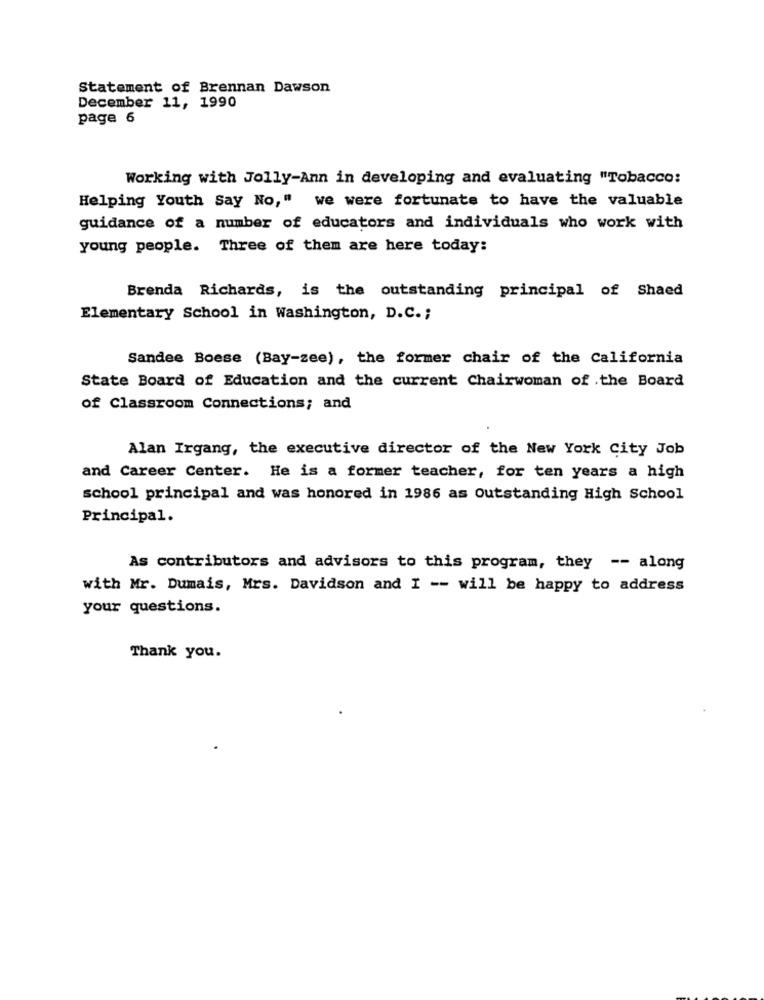
Statement of Brennan Dawson
December 11, 1990
page 6
Working with Jolly-Ann in developing and evaluating "Tobacco:
Helping Youth Say No," we were fortunate to have the valuable
guidance of a number of educators and individuals who work with
young people. Three of them are here today:
Brenda Richards, is the outstanding principal of Shaed
Elementary School in Washington, D.C .;
Sandee Boese (Bay-zee), the former chair of the California
State Board of Education and the current Chairwoman of .the Board
of Classroom Connections; and
Alan Irgang, the executive director of the New York City Job
and Career Center. He is a former teacher, for ten years a high
school principal and was honored in 1986 as Outstanding High School
Principal.
As contributors and advisors to this program, they -- along
with Mr. Dumais, Mrs. Davidson and I -- will be happy to address
your questions.
Thank you.